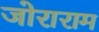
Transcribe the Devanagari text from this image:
जोराराम